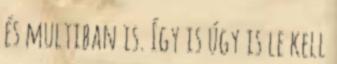
és multiban is. Így is úgy is le kell